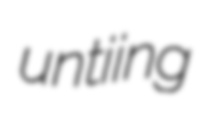
untiing